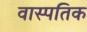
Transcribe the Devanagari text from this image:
वास्पतिक